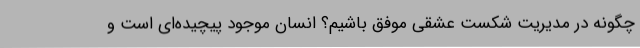
چگونه در مدیریت شکست عشقی موفق باشیم؟ انسان‌ موجود پیچیده‌ای است و